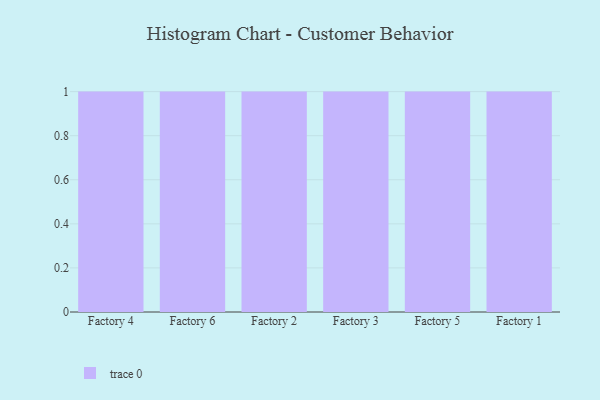
{"axis": {"x": "Factory", "y": "Revenue (USD Million)"}, "legend": [""], "data": [{"x": "Factory 4", "y": 37, "type": ""}, {"x": "Factory 6", "y": 54, "type": ""}, {"x": "Factory 2", "y": 60, "type": ""}, {"x": "Factory 3", "y": 17, "type": ""}, {"x": "Factory 5", "y": 85, "type": ""}, {"x": "Factory 1", "y": 4, "type": ""}]}